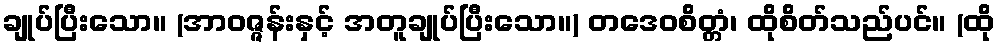
ချုပ်ပြီးသော။ (အာဝဇ္ဇန်းနှင့် အတူချုပ်ပြီးသော။) တဒေဝစိတ္တံ၊ ထိုစိတ်သည်ပင်။ (ထို